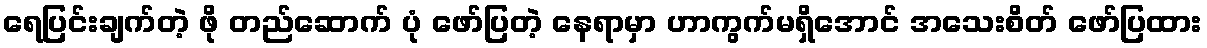
ရေပြင်းချက်တဲ့ ဖို တည်ဆောက် ပုံ ဖော်ပြတဲ့ နေရာမှာ ဟာကွက်မရှိအောင် အသေးစိတ် ဖော်ပြထား